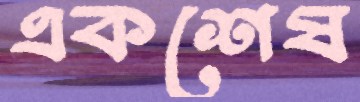
একশেষ